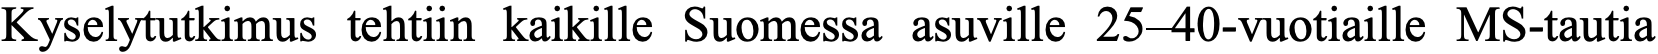
Kyselytutkimus tehtiin kaikille Suomessa asuville 25–40-vuotiaille MS-tautia